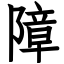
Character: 障